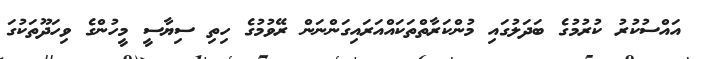
އައްސުކުރު ކުރުމުގެ ބަދަލުގައި މުންކަރާތްތަކައްއަރައިގަންނަން ރޭވުމުގެ ހިތި ސިޔާސީ މީހުންގެ ވިހަދޫތަކުގަ